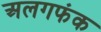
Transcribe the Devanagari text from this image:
अलगफंक